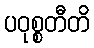
ပဝုစ္စတီတိ